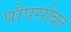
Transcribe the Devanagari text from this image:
पोपसोबत